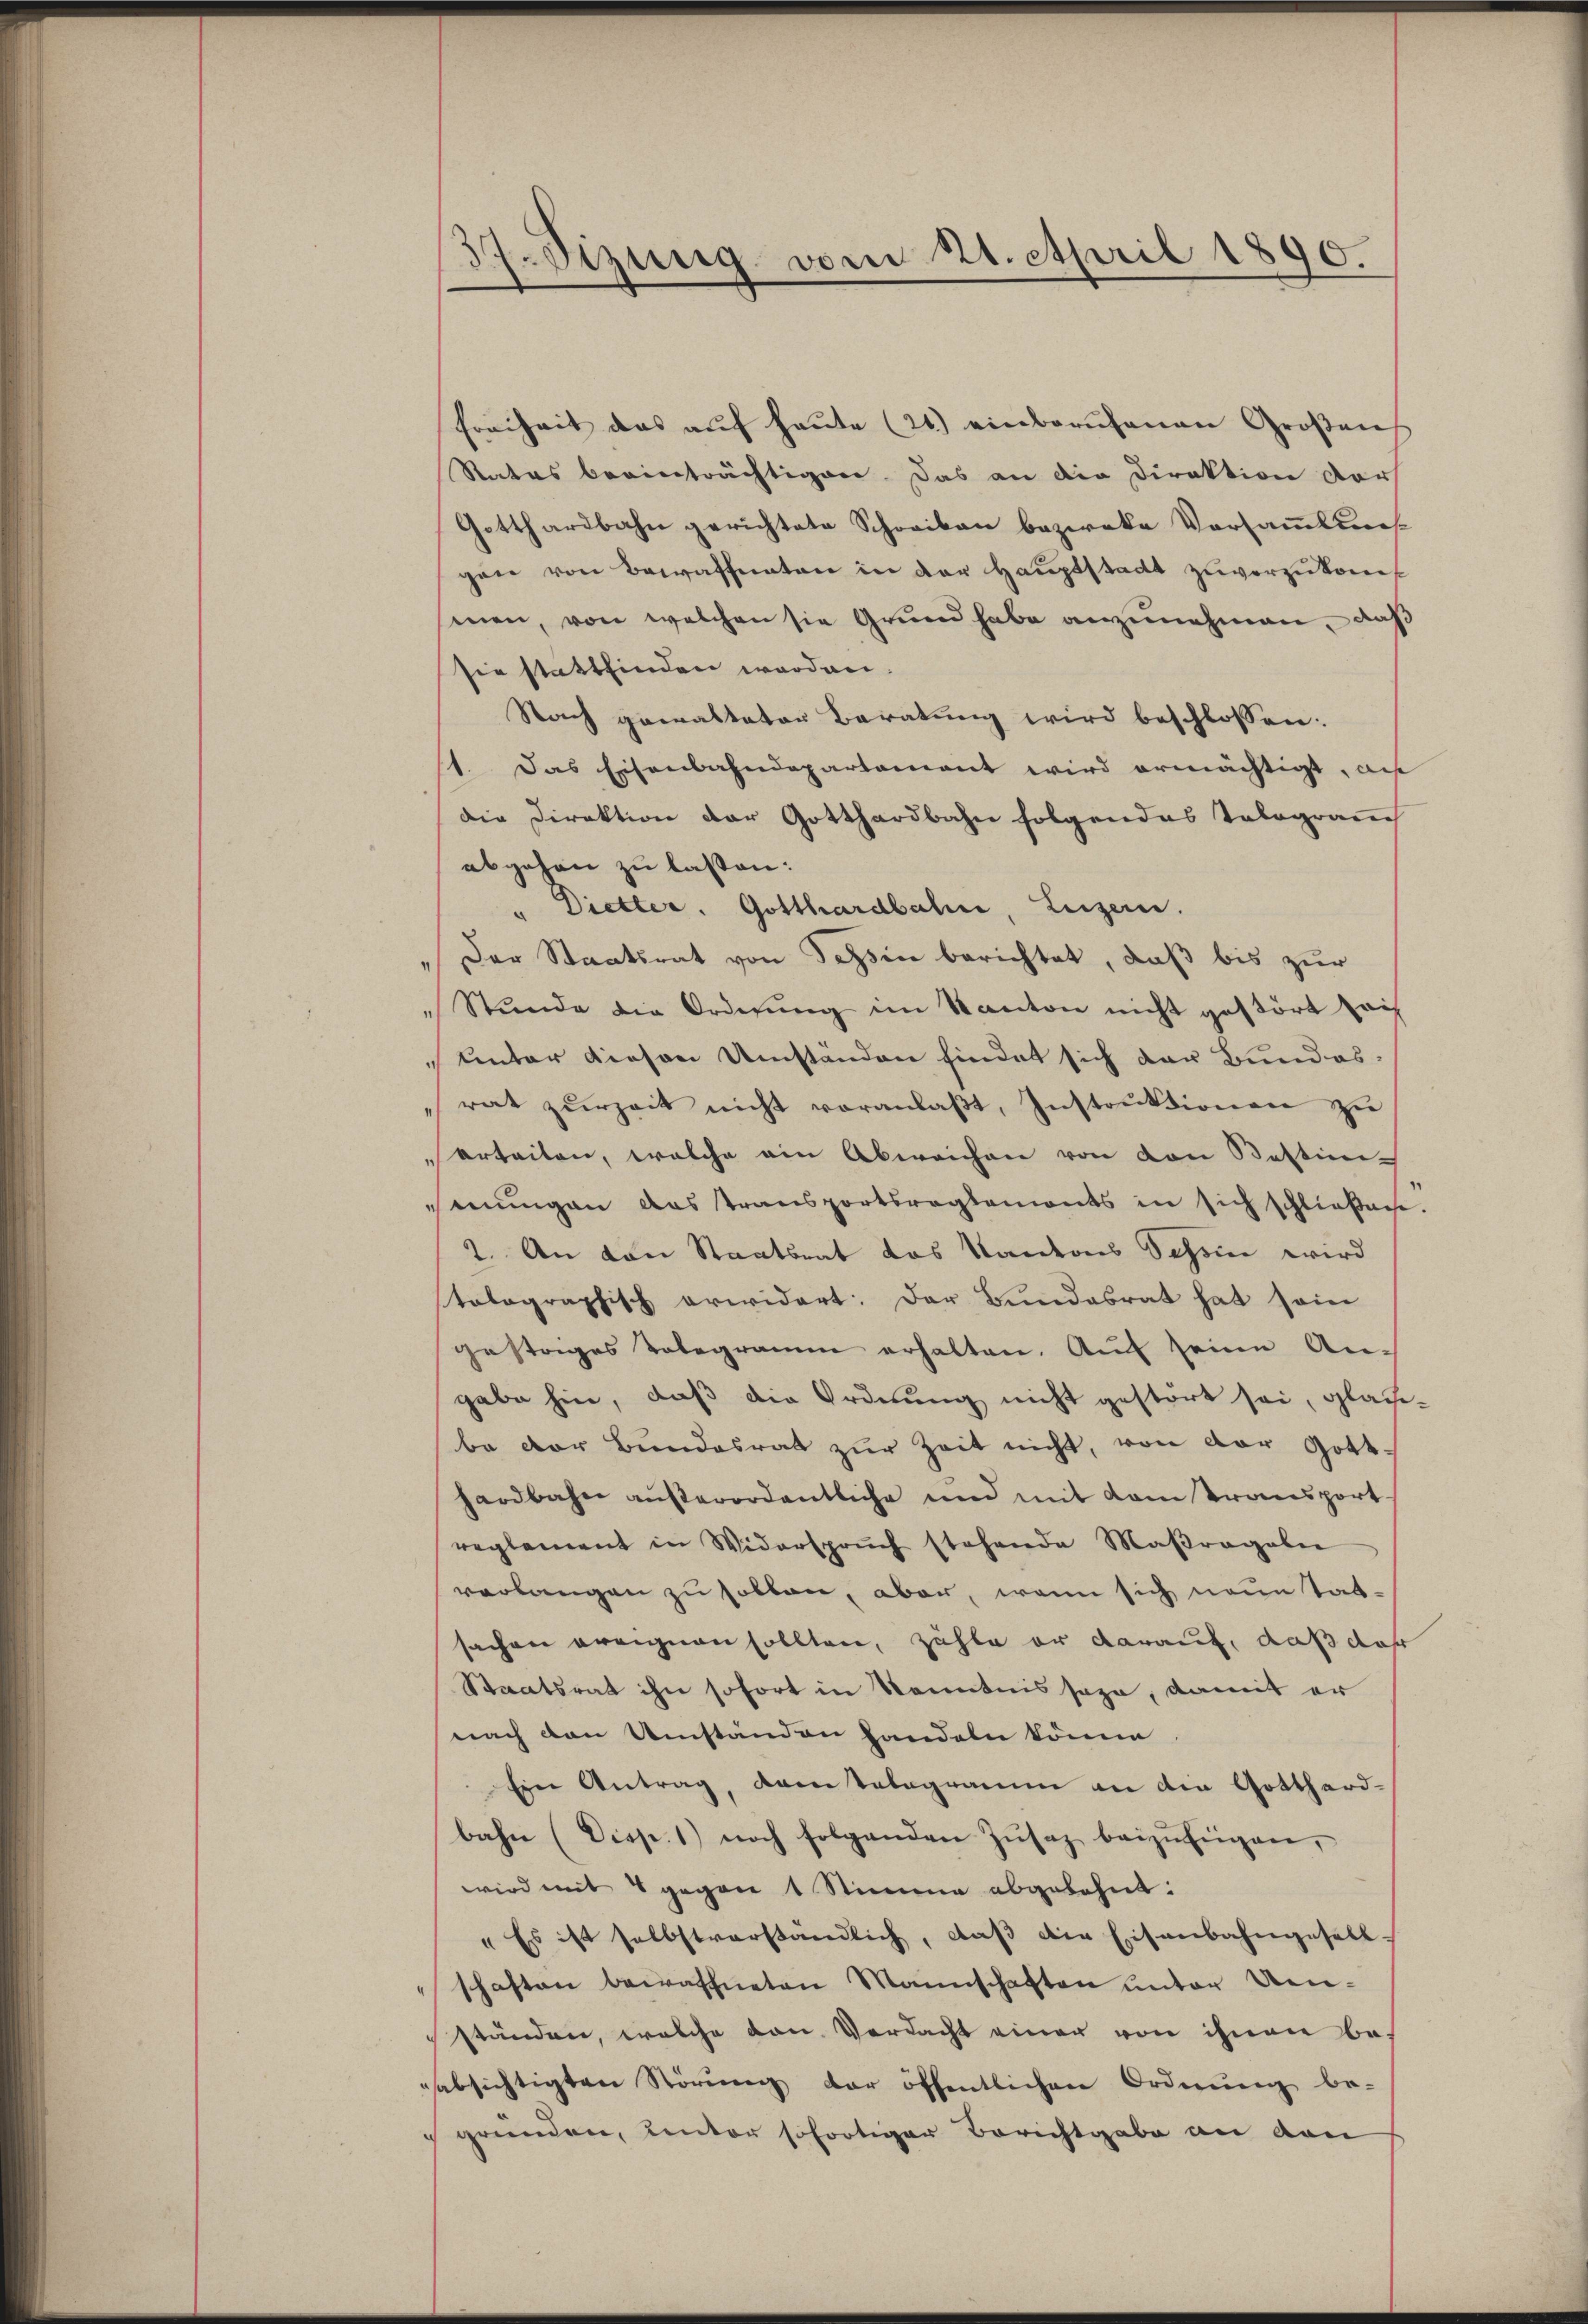
37. Sizung vom 21. April 1890.

Freiheit das auf heute (21.) einberufenen Großens
Rates beeinträchtigen. Das an die Direktion darf
Gotthardbahn gerichtete Schreiben bezweke Versammlungen von Bewaffneten in der Hauptstadt zuvorzukommen, von welchen sie Grund habe anzunehmen, daß
sie stattfinden worden.
Nach gewalteter Beratung wird beschlossen:
1. Das Eisenbahndepartamant wird ermächtigt, au
die Direktion der Gotthardbahn folgendes Tolograuch
abgehen zu lassen:
" Dietter. Gotthardbahn, Luzern.
Der Staatsrat von Tessin berichtet, daß bis zur
Stŭnde die Ordnŭng im Kanton nicht gestört sais
unter diesen Umständen findet sich der Bundes-
rat zŭrzeit nicht voranlaβt, Instrŭktionen zu
urteilen, welche ein Abweichen von von Bestini-
mungen das Transportsreglements in sich schliefache.
2. An den Staatsrat das Kantons Sechsen wird
stolographisch arwidert: Der Bundesrat hat seine
gestriges Telegramm erhalten. Auf seine An-
gabe hin, daß die Ordnung nicht gestört sei, glace-
be der Bŭndesrat zŭr Zeit nicht, von der Gotthardbahn außerordentliche und mit vom transport
reglement in Widerspruch stehende Maβragaben
verlangen zu sollen, aber, wenn sich neue tat-
sachen ereignen sollten, zähle er darauf, daß daß
Staatsrat ihn sofort in Kenntnis sage, damit er
nach den Umständen handeln könne.
Ein Antrag, vom telegramm an der Gotthardbahn (Disp. 1) noch folgenden Zŭsaz beizufügen,
wird mit 4 gegen 1 Stimme abgelehnt:
"Es ist selbstverständlich, daβ die Eisenbahngesell-
schaften bewaffneten Mannschaften unter Uen-
ständen, welche von Verdacht einer von ihnen beabsichtigten Störŭng der öffentlichen Ordnŭng be-
gründen, unter sofortiger Berichtgabe an den